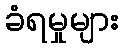
ခံရမှုများ